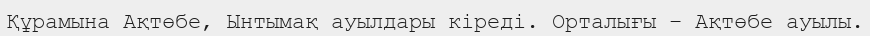
Құрамына Ақтөбе, Ынтымақ ауылдары кіреді. Орталығы – Ақтөбе ауылы.